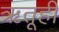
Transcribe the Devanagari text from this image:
ऋतूही